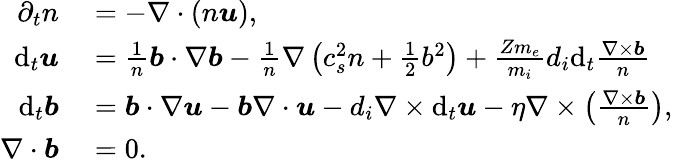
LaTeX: \begin{array}{rl}{\partial_{t}n}&{{}=-\nabla\cdot(n\boldsymbol{u}),}\\ {\mathrm{d}_{t}\boldsymbol{u}}&{{}=\frac{1}{n}\boldsymbol{b}\cdot\nabla\boldsymbol{b}-\frac{1}{n}\nabla\left(c_{s}^{2}n+\frac{1}{2}b^{2}\right)+\frac{Zm_{e}}{m_{i}}d_{i}\mathrm{d}_{t}\frac{\nabla\times\boldsymbol{b}}{n}}\\ {\mathrm{d}_{t}\boldsymbol{b}}&{{}=\boldsymbol{b}\cdot\nabla\boldsymbol{u}-\boldsymbol{b}\nabla\cdot\boldsymbol{u}-d_{i}\nabla\times\mathrm{d}_{t}\boldsymbol{u}-\eta\nabla\times\left(\frac{\nabla\times\boldsymbol{b}}{n}\right),}\\ {\nabla\cdot\boldsymbol{b}}&{{}=0.}\end{array}